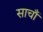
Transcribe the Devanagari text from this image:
साचाँ